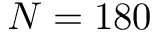
N = 1 8 0